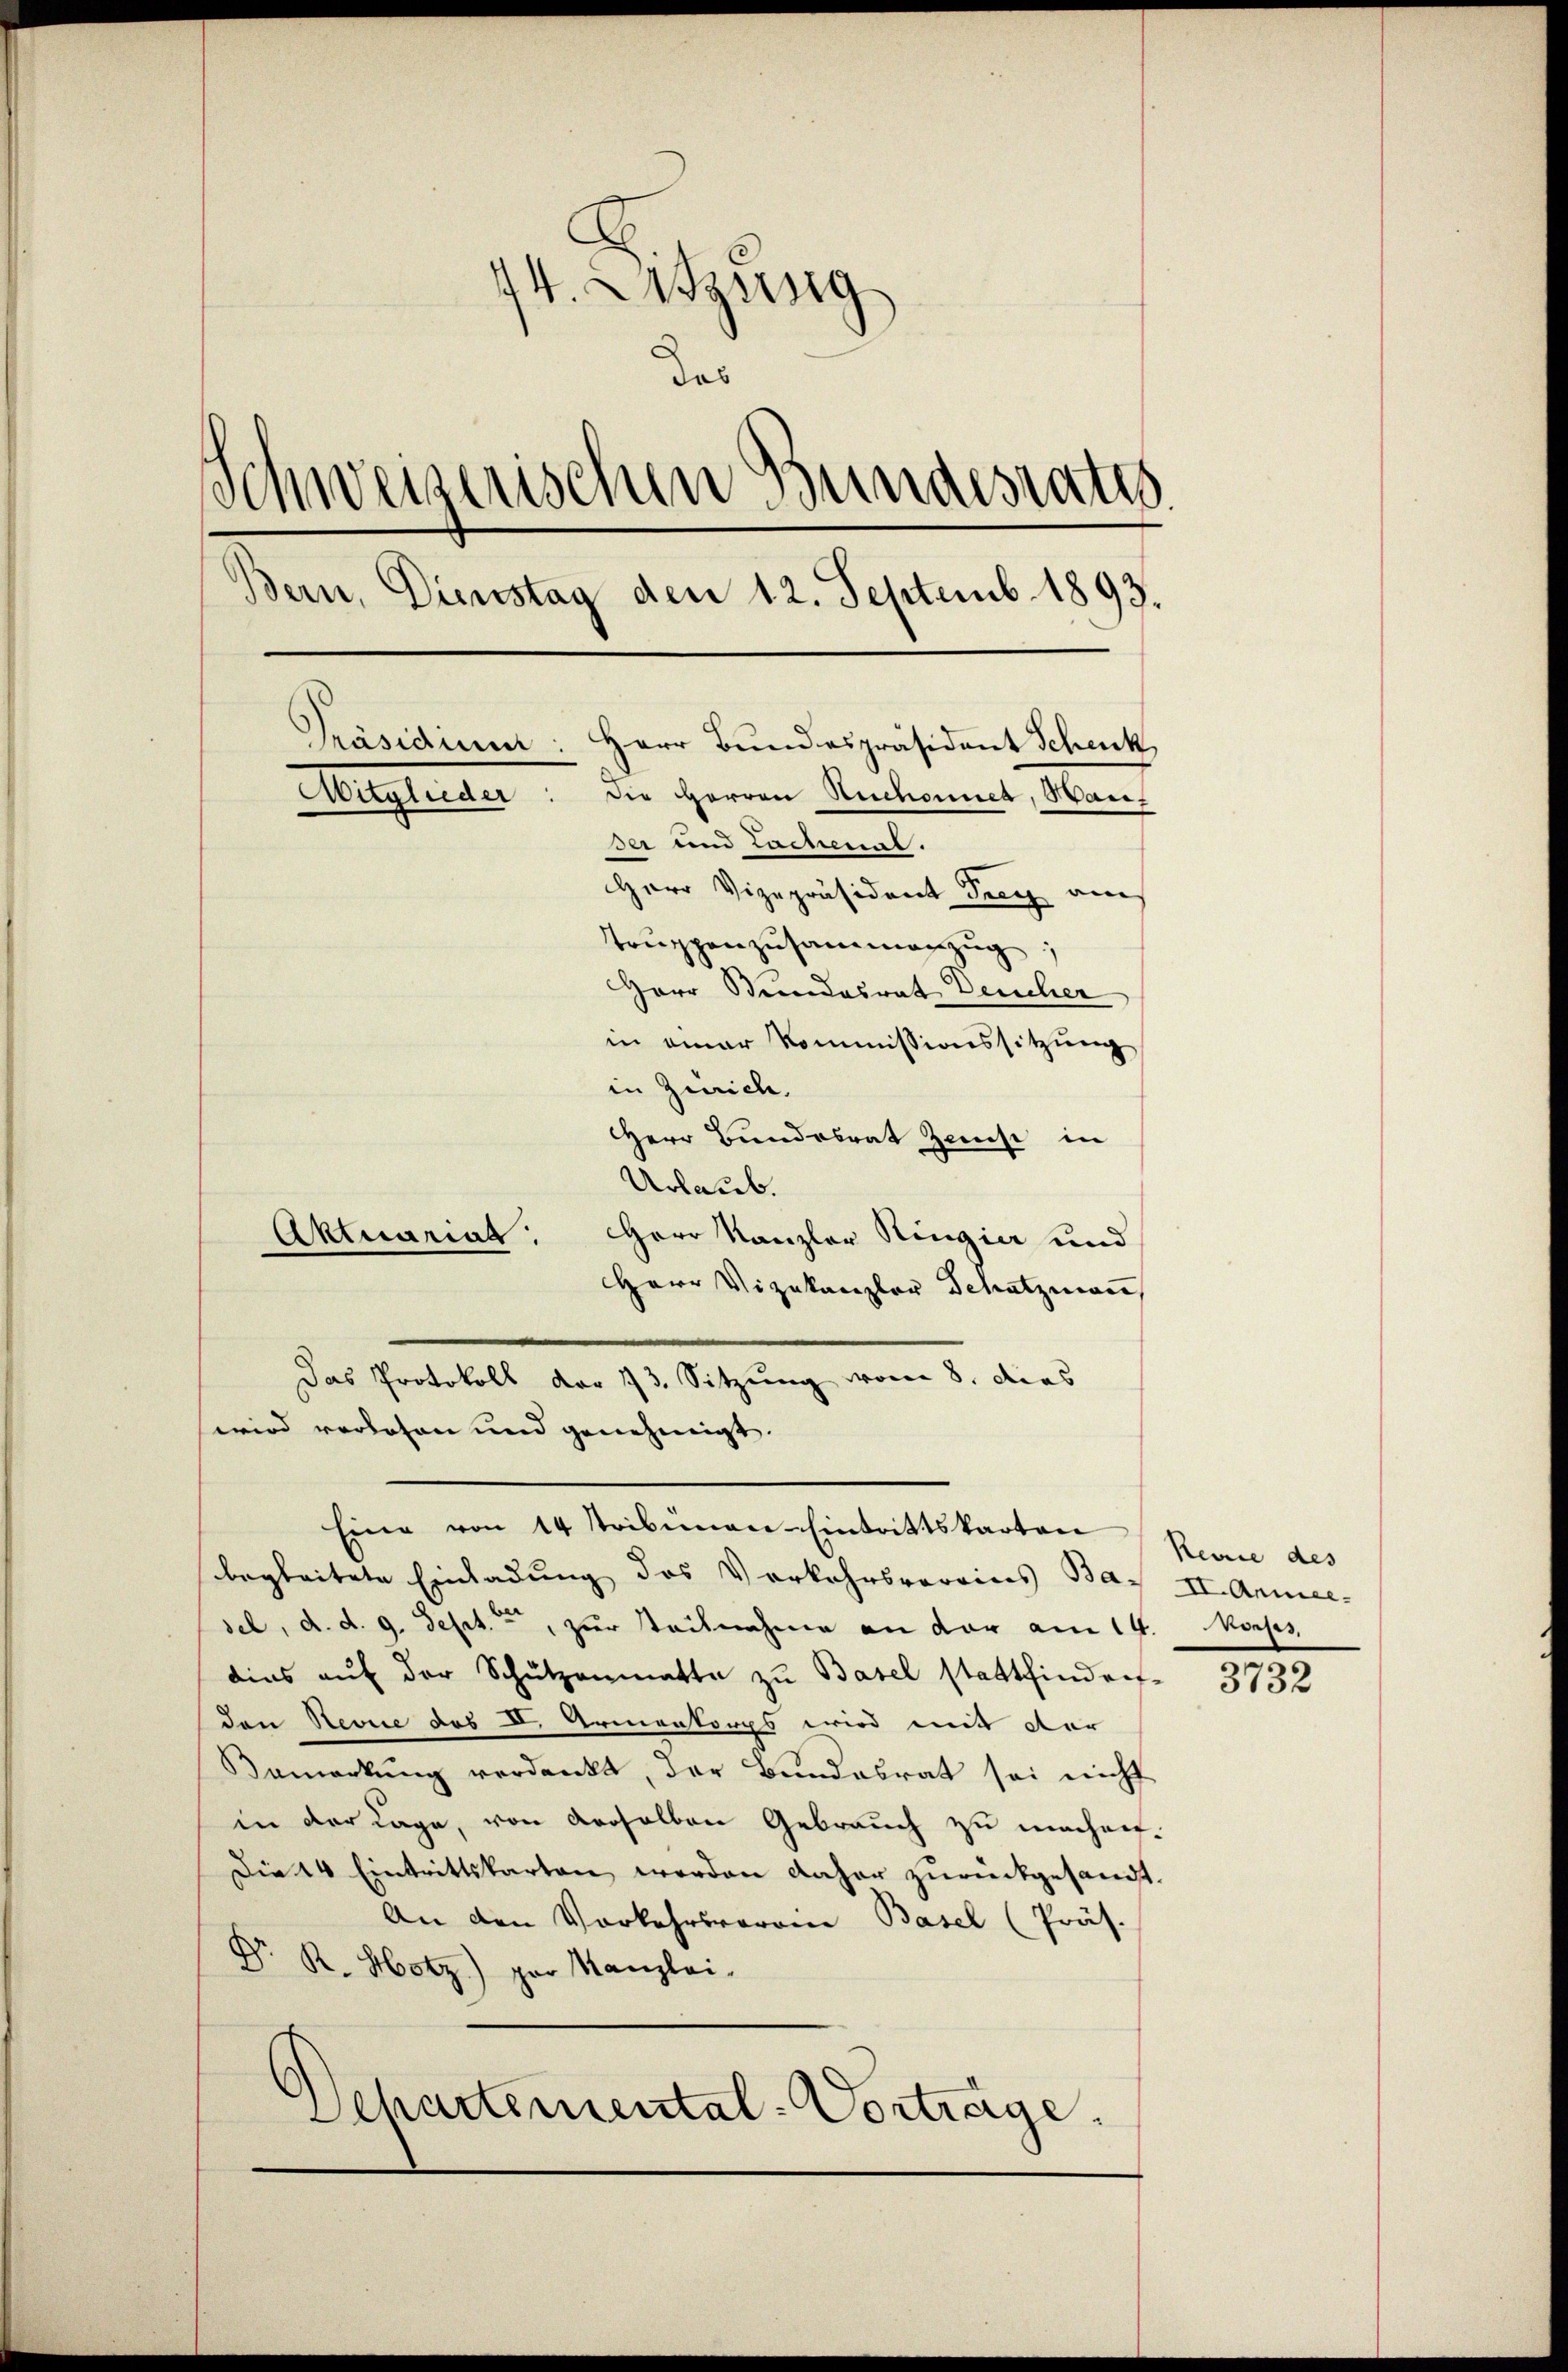
44. Letzung
das
Schweizerischen Bundesrates
Bern, Dienstag den 12. Septemb. 1893.
Präsidium: Herr Bŭndespräsident Schenk,
Mitglieder. Die Herren Rechannes, Man
Ber und Cassenat.
Herr Vizepräsident Frey am
Truppenzusammenzug,
Herr Bundesrat Deucher
in einer Kommissionssitzung
in Zürich.

Eine von 14 Tribünen-Eintrittskarten Revue des

begleitete Einladung des Verkehrsvereins Ba-
sel, d. d. 9. Sept., zur Stecknahme an der am 14. Noch
dies auf der Schützenmatte zu Basel stattfinden-
den Revue des II. Armenkorps wird mit der
Bemerkŭng verdankt, der Bundesrat sei nicht
in der Lage, von derselben Gebrauch zu machen.
Die 14 Eintrittskarten werden daher zurückgesandt.
An den Vorkehrsverren Basel (Präs.
Dr. R. Hotz) par Kanzlei-
Chartemental-Vorträge.

Herr Bundesrat Zens in
Urlaub.
Herr Kanzler Ringier und
Aktuariat
Herr Vizekanzler Schatzmann
Das Protokoll der 13. Sitzung voran 8. des
wird verlesen und genehmigt.

II. Anmel

3732